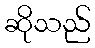
ဆိုသည်